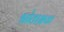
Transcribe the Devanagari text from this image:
श्वोताभ्रक